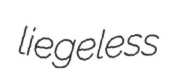
liegeless